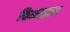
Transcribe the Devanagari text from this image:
फिशरद्वारा